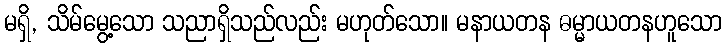
မရှိ, သိမ်မွေ့သော သညာရှိသည်လည်း မဟုတ်သော။ မနာယတန ဓမ္မာယတနဟူသော